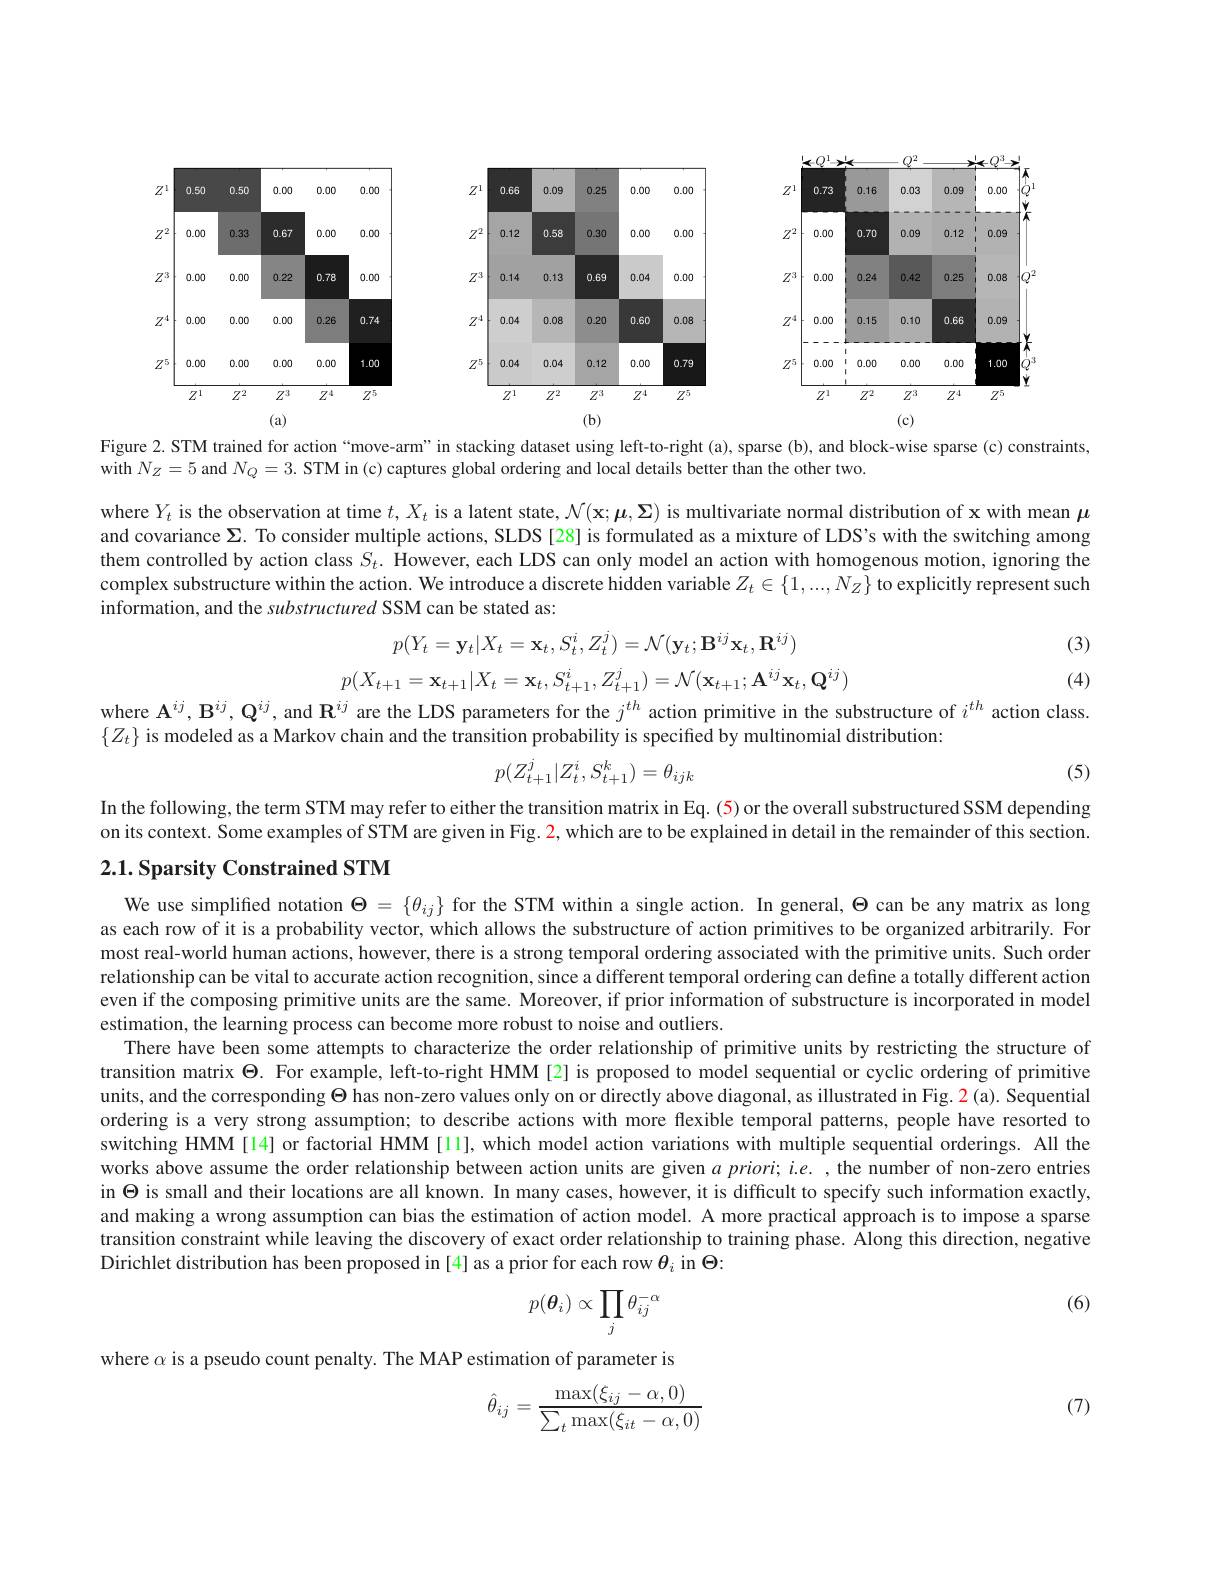
(c)

0.50
0.00
0.00 0.00
$Z^10.50$
0.330.670.00000.000
$Z^{2}\left|\begin{array}{cc}{0.00}\end{array}\right|$
$Z^{3}\mid 0. 00$ 0.00 0.22
0.780.00
$Z^{4}\begin{vmatrix}0.00&0.00&0.00&0.26\end{vmatrix}$
0.741.00
$Z^5| 0. 00$ 0.00 0.00 0.00
$Z^1$
$Z^3$
$Z^4$
$Z^{5}$
$Z^2$
(a)

<FigureHere>

Figure 2. STM trained for action“move-arm” in stacking dataset using left-to-right (a), sparse (b), and block-wise sparse (c) constraints,

with $N_{Z}=5$ and $N_Q=3.$ STM in (c) captures global ordering and local details better than the other two.

where $Y_t$ is the observation at time $t,X_t$ is a latent state, $\mathcal{N} ($x$; \mu , \boldsymbol\Sigma )$ is multivariate normal distribution of x with mean $\mu$ and covariance $\Sigma$. To consider multiple actions, SLDS [28] is formulated as a mixture of LDS's with the switching among them controlled by action class $S_t.$ However, each LDS can only model an action with homogenous motion, ignoring the complex substructure within the action. We introduce a discrete hidden variable $Z_t\in\{1,...,N_Z\}$ to explicitly represent such information, and the substructured SSM can be stated as:

(3)
$$p(Y_t=\mathbf{y}_t|X_t=\mathbf{x}_t,S_t^i,Z_t^j)=\mathcal{N}(\mathbf{y}_t;\mathbf{B}^{ij}\mathbf{x}_t,\mathbf{R}^{ij})$$
$$(X_{t+1}=\mathbf{x}_{t+1}|X_{t}=\mathbf{x}_{t},S_{t+1}^{i},Z_{t+1}^{j})=\mathcal{N}(\mathbf{x}_{t+1};\mathbf{A}^{ij}\mathbf{x}_{t},\mathbf{Q}^{i}$$
where $\mathbb{A}^{ij},\mathbb{B}^{ij},\mathbb{Q}^{ij}$, and $\mathbb{R}^{ij}$ are the LDS parameters for the $j^{th}$ action primitive in the substructure of $i^{th}$ action class.

(4)

$\{Z_t\}$ is modeled as a Markov chain and the transition probability is specified by multinomial distribution:
$$p(Z_{t+1}^j|Z_t^i,S_{t+1}^k)=\theta_{ijk}$$
(5)

In the following, the term STM may refer to either the transition matrix in Eq. (5) or the overall substructured SSM depending on its context. Some examples of STM are given in Fig. $\color{red}{2,\text{whicharetobeexplainedindetailintheremainderofthissection.}}$

## 2.1. Sparsity Constrained STM

We use simplified notation $\Theta=\{\theta_{ij}\}$ for the STM within a single action. In general, $\Theta$ can be any matrix as long as each row of it is a probability vector, which allows the substructure of action primitives to be organized arbitrarily. For most real-world human actions, however, there is a strong temporal ordering associated with the primitive units. Such order relationship can be vital to accurate action recognition, since a different temporal ordering can define a totally different action even if the composing primitive units are the same. Moreover, if prior information of substructure is incorporated in model estimation, the learning process can become more robust to noise and outliers.
There have been some attempts to characterize the order relationship of primitive units by restricting the structure of transition matrix $\Theta$. For example, left-to-right HMM[2] is proposed to model sequential or cyclic ordering of primitive units, and the corresponding $\Theta$ has non-zero values only on or directly above diagonal, as illustrated in Fig. 2 (a). Sequential ordering is a very strong assumption; to describe actions with more flexible temporal patterns, people have resorted to switching HMM[14] or factorial HMM[11], which model action variations with multiple sequential orderings. All the works above assume the order relationship between action units are given $a\textit{priori; i. e. , the number of non- zero entries}$ in $\Theta$ is small and their locations are all known. In many cases, however, it is difficult to specify such information exactly, and making a wrong assumption can bias the estimation of action model. A more practical approach is to impose a sparse transition constraint while leaving the discovery of exact order relationship to training phase. Along this direction, negative Dirichlet distribution has been proposed in [4] as a prior for each row $\theta_i$ in $\Theta$:

(6)
$$p(\boldsymbol{\theta}_i)\propto\prod_j\theta_{ij}^{-\alpha}$$
where $\alpha$ is a pseudo count penalty. The MAP estimation of parameter is

(7)
$$\hat\theta_{ij}=\frac{\max(\xi_{ij}-\alpha,0)}{\sum_t\max(\xi_{it}-\alpha,0)}$$